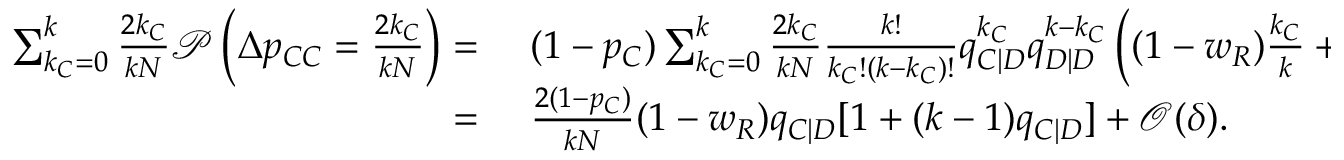
\begin{array} { r l } { \sum _ { k _ { C } = 0 } ^ { k } { \frac { 2 k _ { C } } { k N } \mathcal { P } \left( \Delta p _ { C C } = \frac { 2 k _ { C } } { k N } \right) } = } & { { } ~ ( 1 - p _ { C } ) \sum _ { k _ { C } = 0 } ^ { k } { \frac { 2 k _ { C } } { k N } \frac { k ! } { k _ { C } ! ( k - k _ { C } ) ! } q _ { C | D } ^ { k _ { C } } q _ { D | D } ^ { k - k _ { C } } \left( ( 1 - w _ { R } ) \frac { k _ { C } } { k } + \mathcal { O } ( \delta ) \right) } } \\ { = } & { { } ~ \frac { 2 ( 1 - p _ { C } ) } { k N } ( 1 - w _ { R } ) q _ { C | D } [ 1 + ( k - 1 ) q _ { C | D } ] + \mathcal { O } ( \delta ) . } \end{array}